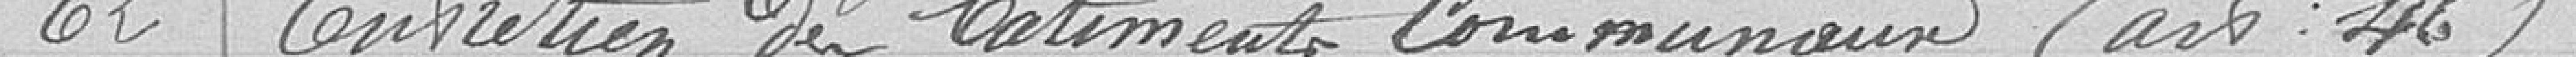
62 Entretien des bâtiments communaux (art : 46)